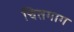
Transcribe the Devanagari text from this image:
चितगाग